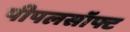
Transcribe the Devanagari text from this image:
पीपलसॉफ्ट